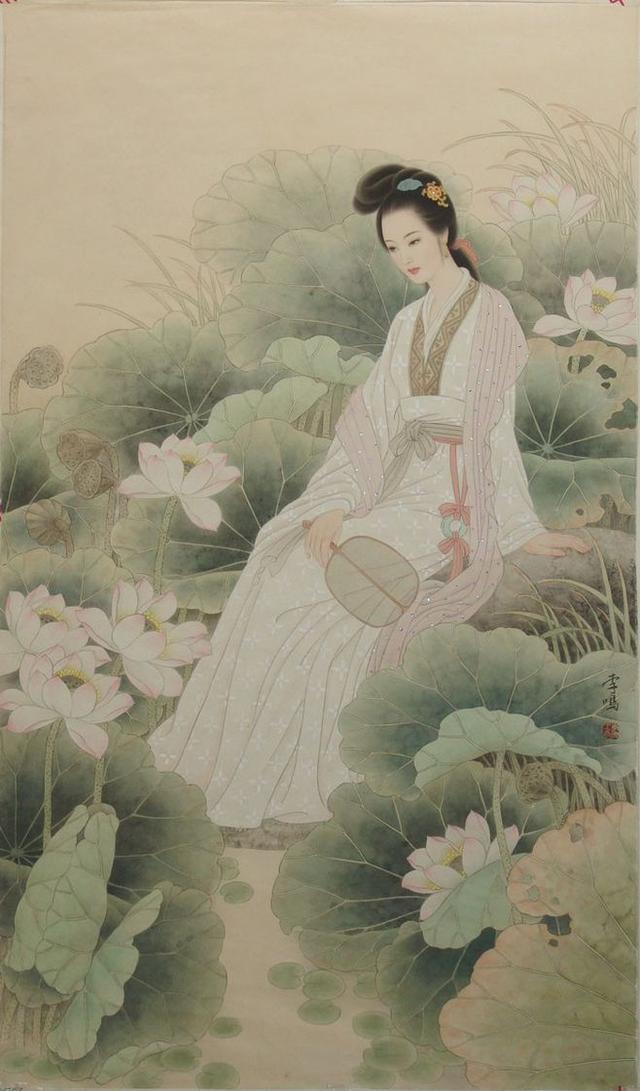
明月照相思，也得姮娥念我痴。